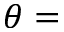
\theta =